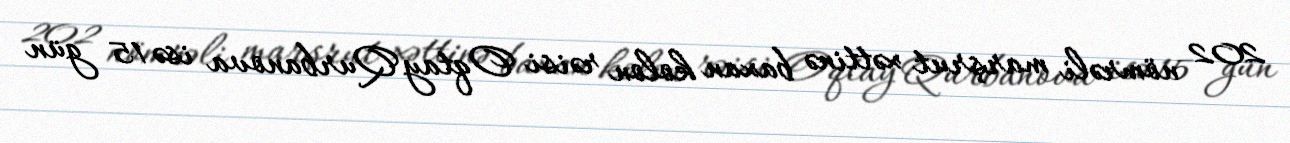
202 nömrəli marşrut xəttinə baxan kolon rəisi Oqtay Qurbanova isə 15 gün